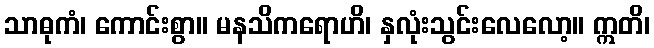
သာဓုကံ၊ ကောင်းစွာ။ မနသိကရောဟိ၊ နှလုံးသွင်းလေလော့။ ဣတိ၊